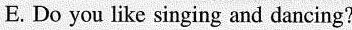
E.Do you like singing and dancing?